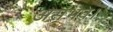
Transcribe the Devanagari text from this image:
असंभव।